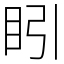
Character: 䀕